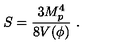
S = { \frac { 3 M _ { p } ^ { 4 } } { 8 V ( \phi ) } } \ .